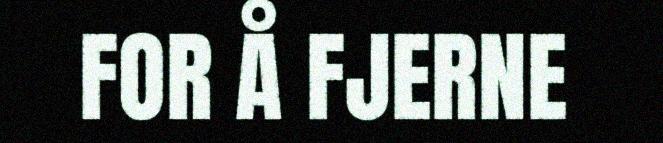
FOR Å FJERNE